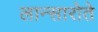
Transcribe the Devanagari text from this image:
लान्सारोते